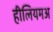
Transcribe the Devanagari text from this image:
हीलियमअ